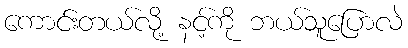
ကောင်းတယ်လို့ နင့်ကို ဘယ်သူပြောလဲ